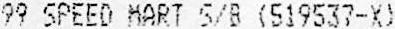
99 SPEED MART S/B (519537-X)